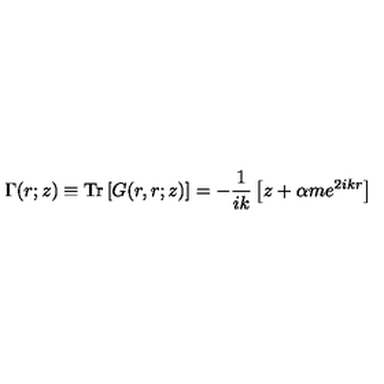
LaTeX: \Gamma ( r ; z ) \equiv \mathrm { T r } \left[ G ( r , r ; z ) \right] = - \frac { 1 } { i k } \left[ z + \alpha m e ^ { 2 i k r } \right]